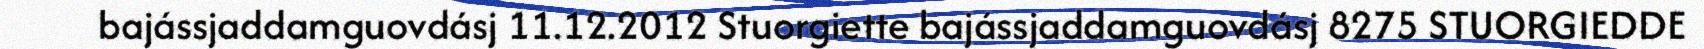
bajássjaddamguovdásj 11.12.2012 Stuorgiette bajássjaddamguovdásj 8275 STUORGIEDDE